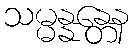
သမ္မန္နန္တေန